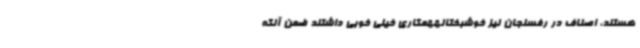
هستند، اصناف در رفسنجان نیز خوشبختانههمکاری خیلی خوبی داشتند ضمن آنکه